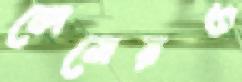
কোলেরও